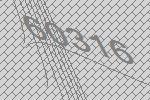
60316